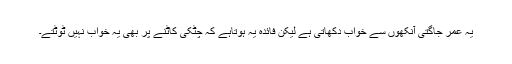
یہ عمر جاگتی آنکھوں سے خواب دکھاتی ہے لیکن فائدہ یہ ہوتاہے کہ چٹکی کاٹنے پر بھی یہ خواب نہیں ٹوٹتے۔